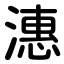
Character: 潓